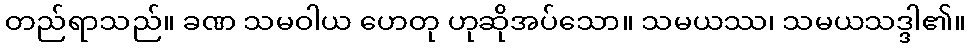
တည်ရာသည်။ ခဏ သမဝါယ ဟေတု ဟုဆိုအပ်သော။ သမယဿ၊ သမယသဒ္ဒါ၏။